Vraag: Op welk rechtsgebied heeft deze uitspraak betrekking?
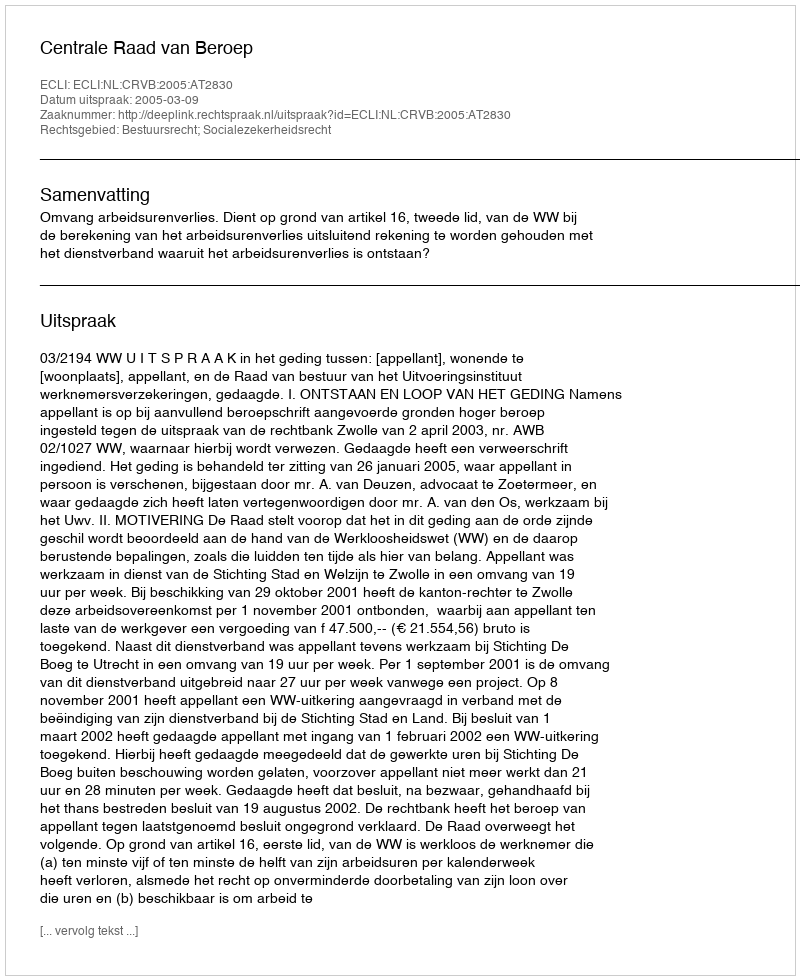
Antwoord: Bestuursrecht; Socialezekerheidsrecht